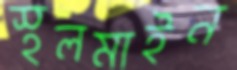
স্থলমাইন